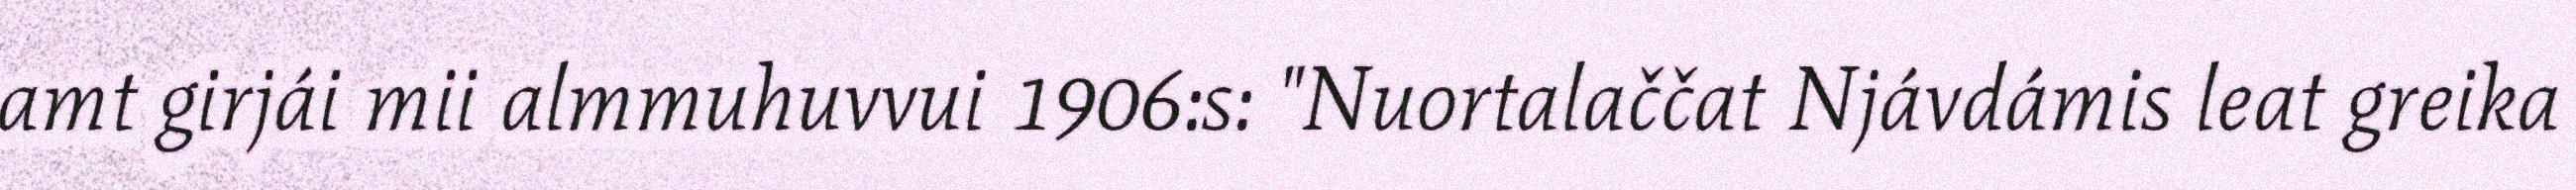
amt girjái mii almmuhuvvui 1906:s: "Nuortalaččat Njávdámis leat greika